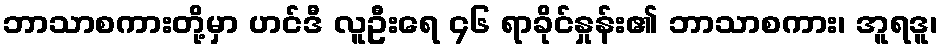
ဘာသာစကားတို့မှာ ဟင်ဒီ လူဦးရေ ၄၆ ရာခိုင်နှုန်း၏ ဘာသာစကား၊ အူရဒူ၊